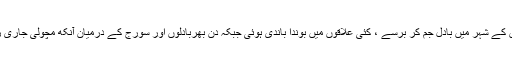
باغوں کے شہر میں بادل جم کر برسے ، کئی علاقوں میں بوندا باندی ہوئی جبکہ دن بھربادلوں اور سورج کے درمیان آنکھ مچولی جاری رہی ۔